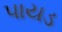
પાયડ